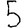
Digit: 5